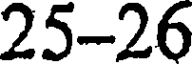
25-26